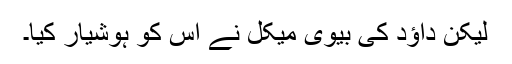
لیکن داؤد کی بیوی میکل نے اس کو ہوشیار کیا۔